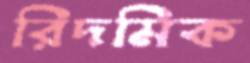
রিদমিক